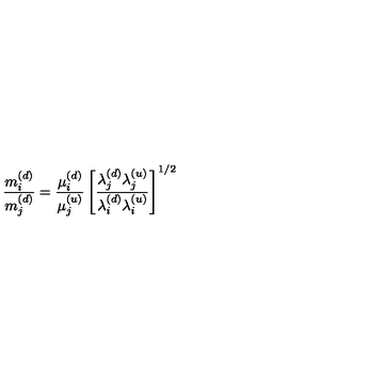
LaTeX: { \frac { m _ { i } ^ { ( d ) } } { m _ { j } ^ { ( d ) } } } = { \frac { \mu _ { i } ^ { ( d ) } } { \mu _ { j } ^ { ( u ) } } } \left[ { \frac { \lambda _ { j } ^ { ( d ) } \lambda _ { j } ^ { ( u ) } } { \lambda _ { i } ^ { ( d ) } \lambda _ { i } ^ { ( u ) } } } \right] ^ { 1 / 2 }